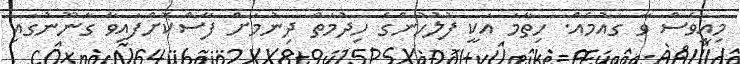
މިއީވެސް ވާ ގައުމެއް. ހިތާމަ އަކީ ފުލުހުންގެ ހިދުމަތް ދިނުމަށް ފާސްކޮށްފައިވާ ގާނޫނުގައި